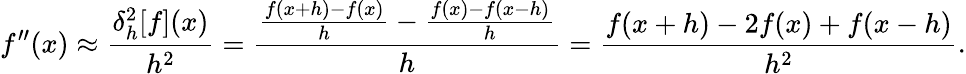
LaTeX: f^{\prime\prime}(x)\approx{\frac{\delta_{h}^{2}[f](x)}{h^{2}}}={\frac{{\frac{f(x+h)-f(x)}{h}}-{\frac{f(x)-f(x-h)}{h}}}{h}}={\frac{f(x+h)-2f(x)+f(x-h)}{h^{2}}}.